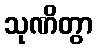
သုဏိတွာ